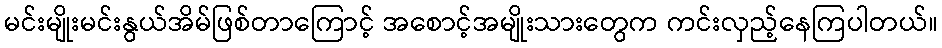
မင်းမျိုးမင်းနွယ်အိမ်ဖြစ်တာကြောင့် အစောင့်အမျိုးသားတွေက ကင်းလှည့်နေကြပါတယ်။